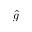
\hat { g }